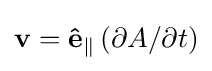
\mathbf {v} =\mathbf {\hat {e}} _{\parallel }\left(\partial A/\partial t\right)\,\!